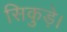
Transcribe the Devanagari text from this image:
सिकुड़े।